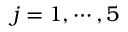
j = 1 , \cdots , 5